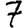
Digit: 7